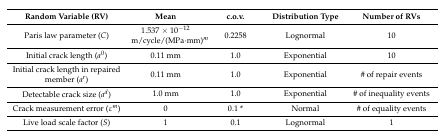
<table><thead><tr><td><b>Random Variable (RV)</b></td><td><b>Mean</b></td><td><b>c.o.v.</b></td><td><b>Distribution Type</b></td><td><b>Number of RVs</b></td></tr></thead><tbody><tr><td>Paris law parameter (<i>C</i>)</td><td>1.537 × 10<sup>−12</sup> m/cycle/(MPa·mm)<i><sup>m</sup></i></td><td>0.2258</td><td>Lognormal</td><td>10</td></tr><tr><td>Initial crack length (<i>a</i><sup>0</sup>)</td><td>0.11 mm</td><td>1.0</td><td>Exponential</td><td>10</td></tr><tr><td>Initial crack length in repaired member (<i>a<sup>r</sup></i>)</td><td>0.11 mm</td><td>1.0</td><td>Exponential</td><td># of repair events</td></tr><tr><td>Detectable crack size (<i>a<sup>d</sup></i>)</td><td>1.0 mm</td><td>1.0</td><td>Exponential</td><td># of inequality events</td></tr><tr><td>Crack measurement error (ε<i><sup>m</sup></i>)</td><td>0</td><td>0.1 *</td><td>Normal</td><td># of equality events</td></tr><tr><td>Live load scale factor (<i>S</i>)</td><td>1</td><td>0.1</td><td>Lognormal</td><td>1</td></tr></tbody></table>